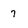
Character: 7